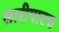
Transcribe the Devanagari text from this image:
सारीपाटच